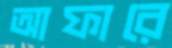
আফারে